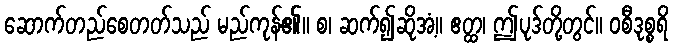
ဆောက်တည်စေတတ်သည် မည်ကုန်၏။ စ၊ ဆက်၍ဆိုအံ့။ ဧတ္ထ၊ ဤပုဒ်တို့တွင်။ ဝစီဒုစ္စရိ